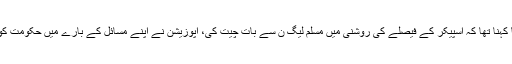
وزیر قانون پنجاب کا کہنا تھا کہ اسپیکر کے فیصلے کی روشنی میں مسلم لیگ ن سے بات چیت کی، اپوزیشن نے اپنے مسائل کے بارے میں حکومت کو تفصیل سے آگاہ کیا۔